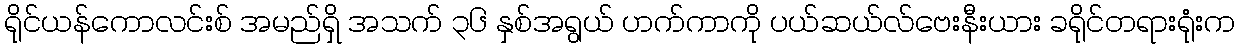
ရိုင်ယန်ကောလင်းစ် အမည်ရှိ အသက် ၃၆ နှစ်အရွယ် ဟက်ကာကို ပယ်ဆယ်လ်ဗေးနီးယား ခရိုင်တရားရုံးက